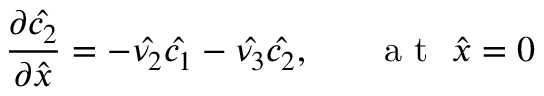
\frac { \partial \hat { c _ { 2 } } } { \partial \hat { x } } = - \hat { \nu _ { 2 } } \hat { c _ { 1 } } - \hat { \nu _ { 3 } } \hat { c _ { 2 } } , ~ ~ ~ ~ ~ \mathrm { ~ a ~ t ~ } ~ \hat { x } = 0